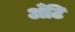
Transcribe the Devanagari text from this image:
अँटि